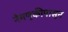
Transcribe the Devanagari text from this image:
नेमणुकीपासून